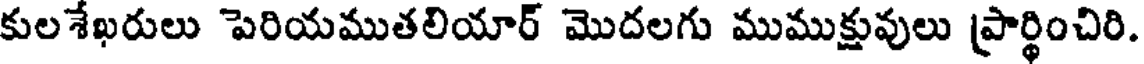
కులశేఖరులు పెరియముతలియార్ మొదలగు ముముక్షువులు ప్రార్థించిరి.